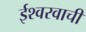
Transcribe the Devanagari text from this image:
ईश्वरवाची